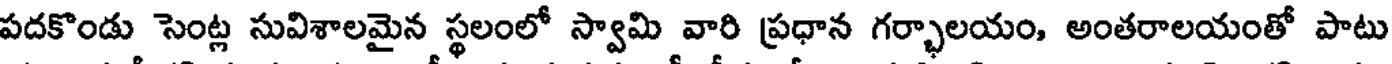
పదకొండు సెంట్ల సువిశాలమైన స్థలంలో స్వామి వారి ప్రధాన గర్భాలయం, అంతరాలయంతో పాటు